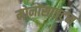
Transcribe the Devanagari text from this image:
मोनोसाइट्स